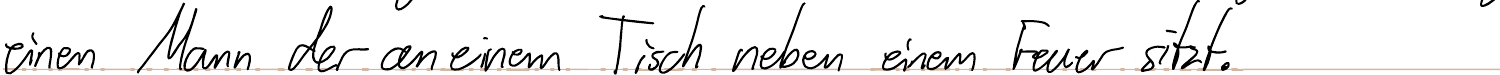
einen Mann der an einem Tisch neben einem Feuer sitzt.